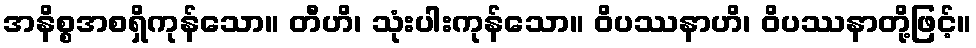
အနိစ္စအစရှိကုန်သော။ တီဟိ၊ သုံးပါးကုန်သော။ ဝိပဿနာဟိ၊ ဝိပဿနာတို့ဖြင့်။